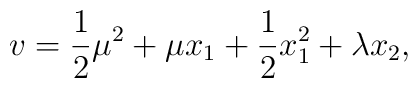
v = \frac{1}{2}\mu^2 + \mu x_1 + \frac{1}{2}x_1^2 + \lambda x_2,